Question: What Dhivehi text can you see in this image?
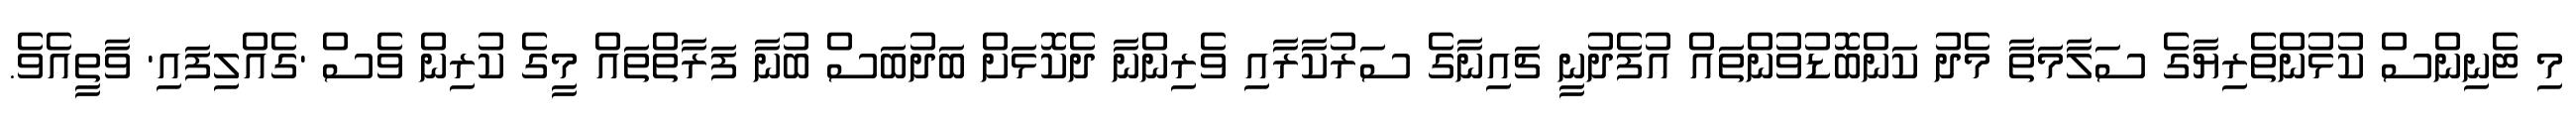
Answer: މި ޓެނިންސް ކުޅުންތެރިޔާގެ ސަލާމަތާ މެދު ކަންބޮޑުވުންތައް އުފެދުނީ ޗައިނާގެ ސަރުކާރާއި ވެރިންނާ ދެކޮޅަށް ބަދުބަސް ބުނާ ފަރާތްތައް މީގެ ކުރިން ވެސް 'ގެއްލިފައި' ވާތީއެވެ.